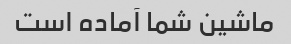
ماشین شما آماده است